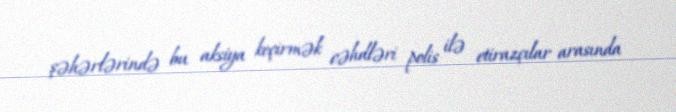
şəhərlərində bu aksiya keçirmək cəhdləri polis ilə etirazçılar arasında